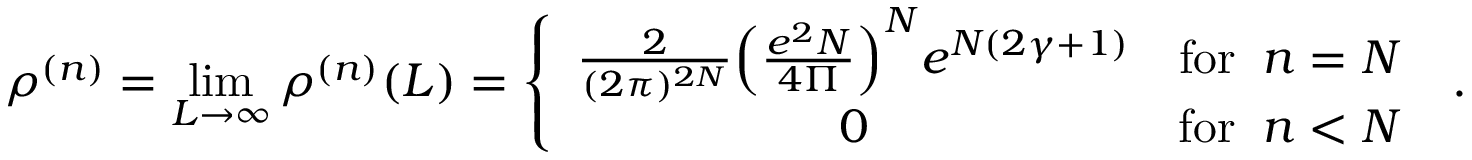
\rho ^ { ( n ) } = \operatorname * { l i m } _ { L \rightarrow \infty } \rho ^ { ( n ) } ( L ) = \left\{ \begin{array} { c r } { { \frac { 2 } { ( 2 \pi ) ^ { 2 N } } \Big ( \frac { e ^ { 2 } N } { 4 \Pi } \Big ) ^ { N } e ^ { N ( 2 \gamma + 1 ) } } } & { { \mathrm { f o r } \; \; n = N } } \\ { { 0 } } & { { \mathrm { f o r } \; \; n < N } } \end{array} \right. \; .